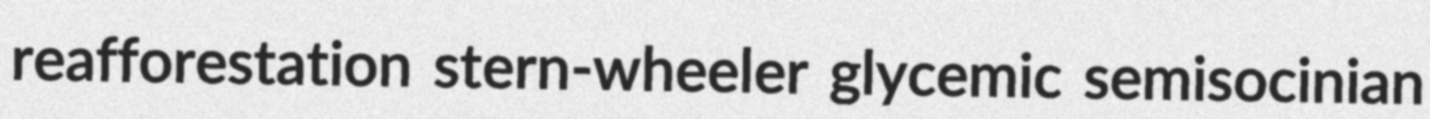
reafforestation stern-wheeler glycemic semisocinian